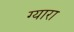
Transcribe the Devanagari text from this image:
ग्यारा